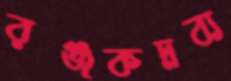
রঞ্জকদ্রব্য